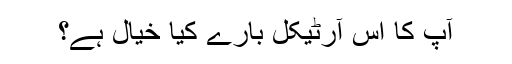
آپ کا اس آرٹیکل بارے کیا خیال ہے؟